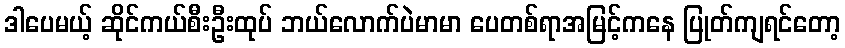
ဒါပေမယ့် ဆိုင်ကယ်စီးဦးထုပ် ဘယ်လောက်ပဲမာမာ ပေတစ်ရာအမြင့်ကနေ ပြုတ်ကျရင်တော့